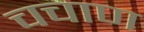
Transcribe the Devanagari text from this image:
चचाण